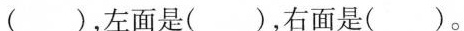
()，左面是()，右面是()。